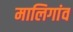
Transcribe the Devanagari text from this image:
मालिगांव